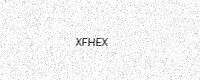
Text: XFHEX